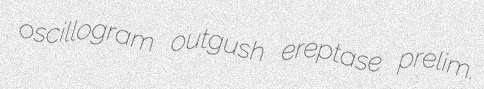
oscillogram outgush ereptase prelim.